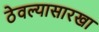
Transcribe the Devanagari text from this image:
ठेवल्यासारखा